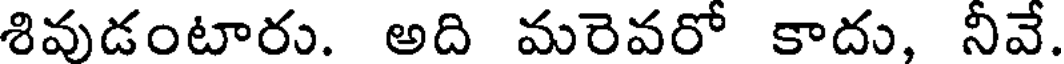
శివుడంటారు. అది మరెవరో కాదు, నీవే